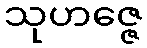
သုဟဇ္ဇေ